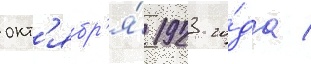
окт'ябр'я́ 1923 го́да /